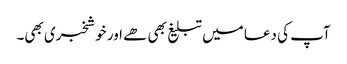
آپ کی دعا میں تبلیغ بھی ھے اور خوشخبری بھی۔